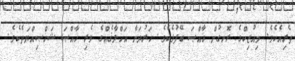
ތެރިއެކެވެ. މިއުޒިކްގެ ރޮނގުން ޚާއްޞަ ބޭފުޅެކެވެ. ހަރުދަނާ އަޚްލާޤެއްގެ ވެރި ޚާއްޞަ ޝަޚްޞިއްޔަތެކެވެ.